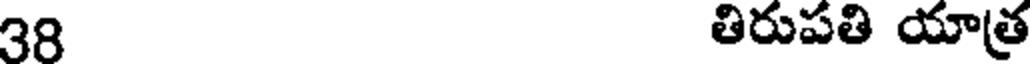
38 తిరుపతి యాత్ర